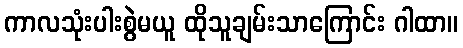
ကာလသုံးပါးစွဲမယူ ထိုသူချမ်းသာကြောင်း ဂါထာ။